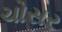
ચોસર